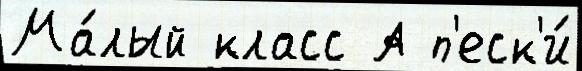
Ма́лый класс А п'еск'и́